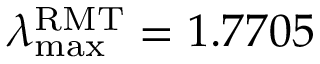
\lambda _ { \operatorname* { m a x } } ^ { \mathrm { R M T } } = 1 . 7 7 0 5